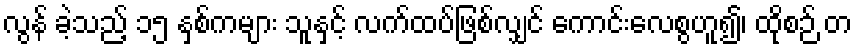
လွန် ခဲ့သည့် ၁၅ နှစ်ကများ သူနှင့် လက်ထပ်ဖြစ်လျှင် ကောင်းလေစွဟူ၍၊ ထိုစဉ် တ